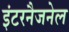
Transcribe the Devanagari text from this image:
इंटरनैजनेल